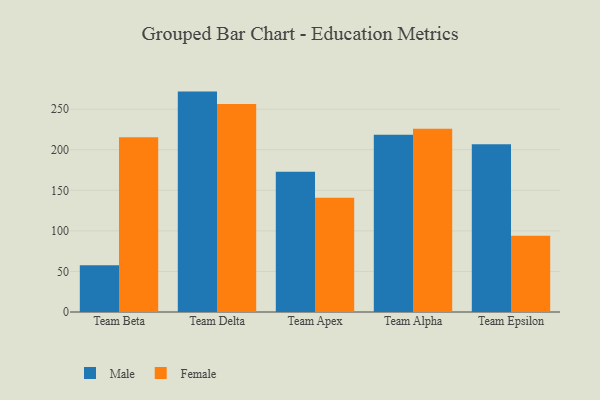
{"axis": {"x": "Team", "y": "Humidity (%)"}, "legend": ["Female", "Male"], "data": [{"x": "Team Beta", "y": 57.6, "type": "Male"}, {"x": "Team Beta", "y": 215.4, "type": "Female"}, {"x": "Team Delta", "y": 271.7, "type": "Male"}, {"x": "Team Delta", "y": 256.5, "type": "Female"}, {"x": "Team Apex", "y": 172.9, "type": "Male"}, {"x": "Team Apex", "y": 140.8, "type": "Female"}, {"x": "Team Alpha", "y": 218.6, "type": "Male"}, {"x": "Team Alpha", "y": 225.9, "type": "Female"}, {"x": "Team Epsilon", "y": 206.7, "type": "Male"}, {"x": "Team Epsilon", "y": 94.1, "type": "Female"}]}